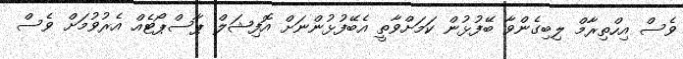
ވެސް އިހްތިރާމް ލިބިގެންވާ ބޭފުޅުން ކަމަށްވާތީ އެބޭފުޅުންނަށް އޮފިޝަލް ޕާސްޕޯޓެއް އެރުވުމަށް ވެސް